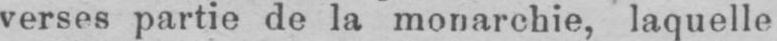
verses partie de la monarchie, laquelle